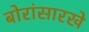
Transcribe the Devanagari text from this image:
बोरांसारखे